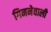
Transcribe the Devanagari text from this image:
गिननेवाली